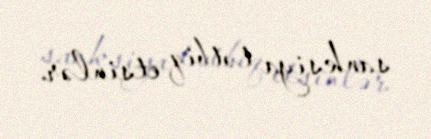
sanksiya tətbiq etsinlər.